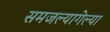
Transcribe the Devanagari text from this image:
समजल्यागेल्या